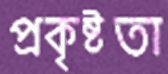
প্রকৃষ্টতা